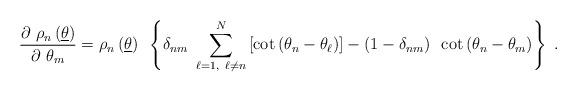
LaTeX: \begin{align*}\frac{\partial ~\rho _{n}\left( \underline{\theta }\right) }{\partial~\theta _{m}}=\rho _{n}\left( \underline{\theta }\right) ~\left\{ \delta_{nm}~\sum_{\ell =1,~\ell \neq n}^{N}\left[ \cot \left( \theta _{n}-\theta_{\ell }\right) \right] -\left( 1-\delta _{nm}\right) ~\cot \left( \theta_{n}-\theta _{m}\right) \right\} ~.\end{align*}